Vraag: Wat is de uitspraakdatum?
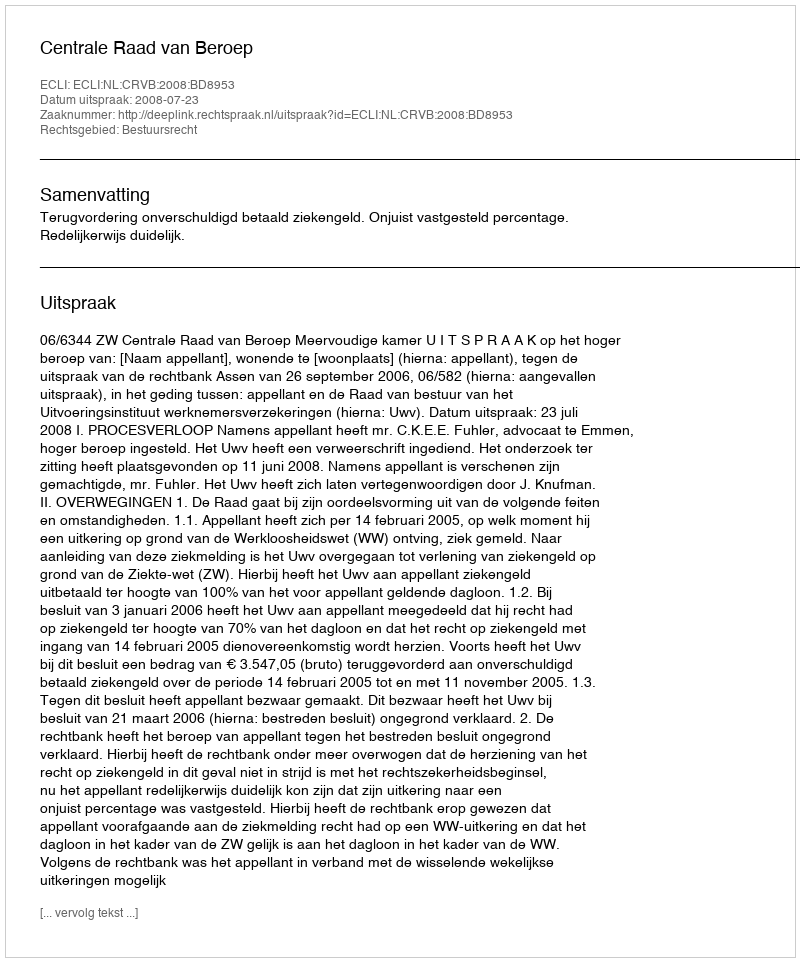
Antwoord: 2008-07-23